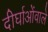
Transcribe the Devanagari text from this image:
दीर्घाओंवाले